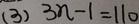
( 3 ) 3 n - 1 = 1 1 0